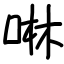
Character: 啉